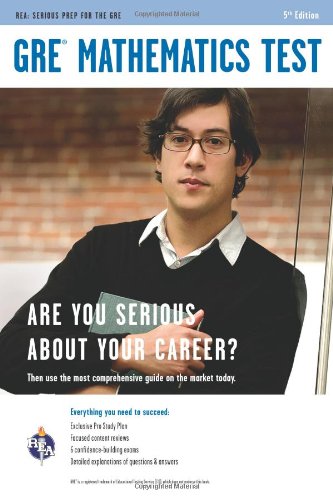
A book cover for GRE Mathematics (GRE Test Preparation); O. P. Agrawal; Test Preparation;